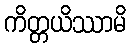
ကိတ္တယိဿာမိ